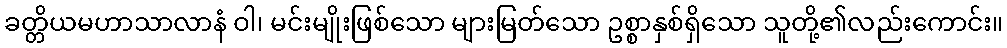
ခတ္တိယမဟာသာလာနံ ဝါ၊ မင်းမျိုးဖြစ်သော များမြတ်သော ဥစ္စာနှစ်ရှိသော သူတို့၏လည်းကောင်း။